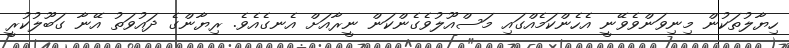
ހިޔާލުތަކުން މިނިވަންވެވޭނީ އެހެންކަމެއްގައި މަސްއޫލުވެގެންކަން ނީރާއަށް އެނގެއެވެ. ރިޔާންގެ ދައުވަތު އޭނާ ގަބޫލުކުރީ